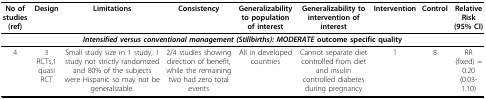
<table><thead><tr><td><b>No of studies (ref)</b></td><td><b>Design</b></td><td><b>Limitations</b></td><td><b>Consistency</b></td><td><b>Generalizability to population of interest</b></td><td><b>Generalizability to intervention of interest</b></td><td><b>Intervention</b></td><td><b>Control</b></td><td><b>Relative Risk (95% CI)</b></td></tr></thead><tbody><tr><td colspan="9"><b><i>Intensified versus conventional management (Stillbirths): MODERATE</i> outcome specific quality</b></td></tr><tr><td>4</td><td>3 RCTs,1 quasi RCT</td><td>Small study size in 1 study, 1 study not strictly randomized and 80% of the subjects were Hispanic so may not be generalizable.</td><td>2/4 studies showing direction of benefit, while the remaining two had zero total events</td><td>All in developed countries</td><td>Cannot separate diet controlled from diet and insulin controlled diabetes during pregnancy</td><td>1</td><td>8</td><td>RR (fixed) = 0.20 (0.03-1.10)</td></tr></tbody></table>